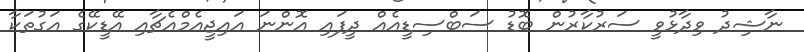
ނާޝިދު ވިދާޅުވީ ސަރުކާރުން ބޮޑު ސަބްސިޑީއެއް ދީފައި އޮންނަ އައިޖީއެމްއެޗާއި އޭޑީކޭގެ އަގުތަކާ